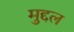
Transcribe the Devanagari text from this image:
मुद्दल